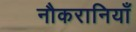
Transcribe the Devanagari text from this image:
नौकरानियाँ